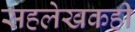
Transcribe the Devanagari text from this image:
सहलेखकही